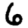
Digit: 6